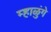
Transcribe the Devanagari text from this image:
म्हाळुंगे